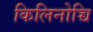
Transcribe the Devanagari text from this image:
किलिनोच्चि